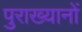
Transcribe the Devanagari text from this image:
पुराख्यानों